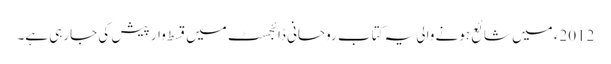
2012ء میں شائع ہونے والی یہ کتاب روحانی ڈائجسٹ میں قسط وار پیش کی جارہی ہے۔